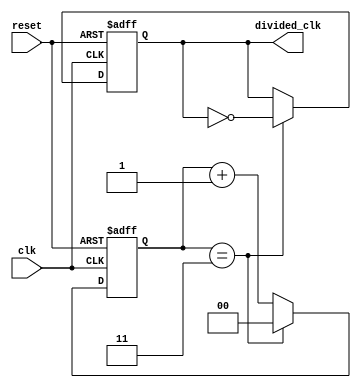
module frequency_divider_counter #(
    parameter DIV_FACTOR = 4  // Division factor, can be set as needed
)(
    input wire clk,            // Input clock signal
    input wire reset,          // Asynchronous reset signal
    output reg divided_clk      // Output divided clock signal
);

    reg [$clog2(DIV_FACTOR)-1:0] counter;  // Counter to keep track of clock cycles

    always @(posedge clk or posedge reset) begin
        if (reset) begin
            counter <= 0;             // Reset counter to zero
            divided_clk <= 0;         // Initialize output clock to zero
        end else begin
            if (counter == DIV_FACTOR - 1) begin
                counter <= 0;          // Reset counter when it reaches DIV_FACTOR
                divided_clk <= ~divided_clk; // Toggle the output clock signal
            end else begin
                counter <= counter + 1; // Increment counter
            end
        end
    end

endmodule